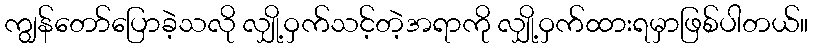
ကျွန်တော်ပြောခဲ့သလို လျှို့ဝှက်သင့်တဲ့အရာကို လျှို့ဝှက်ထားရမှာဖြစ်ပါတယ်။